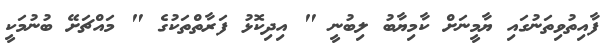
ފާއިތުވިތަނުގައި ޔާމީނަށް ކާމިޔާބު ލިބުނީ " އިދިކޮޅު ފަރާތްތަކުގެ " މައްޗަށޭ ބުނުމަކީ